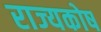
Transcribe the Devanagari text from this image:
राज्‍यकोष